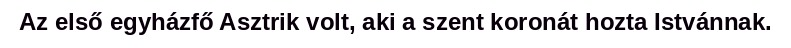
Az első egyházfő Asztrik volt, aki a szent koronát hozta Istvánnak.